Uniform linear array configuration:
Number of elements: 32
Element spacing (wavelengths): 0.5
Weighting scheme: binomial
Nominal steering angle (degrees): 0
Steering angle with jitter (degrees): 1.825
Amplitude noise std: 0.05
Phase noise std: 0.05

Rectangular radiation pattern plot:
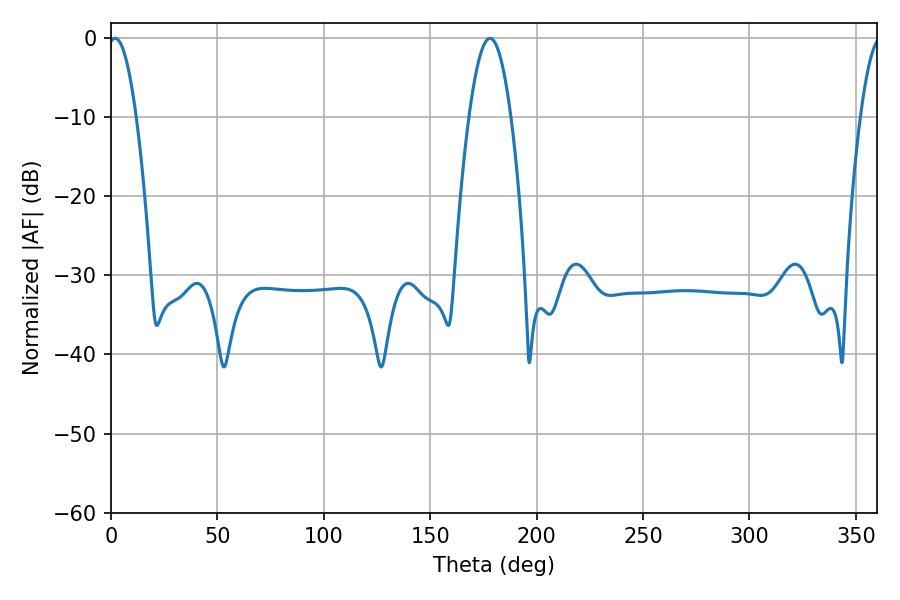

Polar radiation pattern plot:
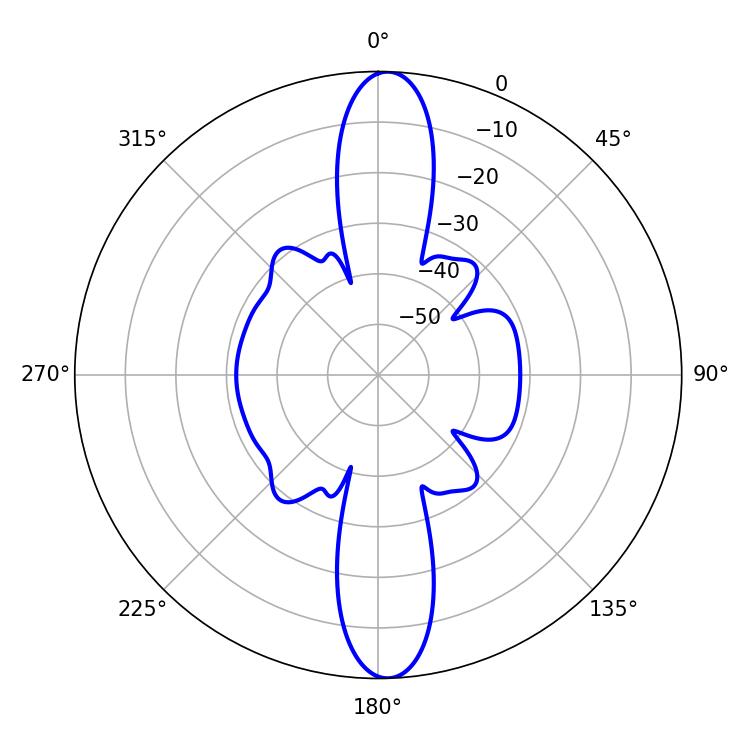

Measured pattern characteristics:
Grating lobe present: FALSE
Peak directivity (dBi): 21.731
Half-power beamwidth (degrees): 7.38
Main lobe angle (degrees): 1.98